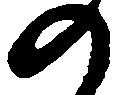
の